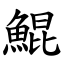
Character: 鯤